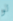
لو